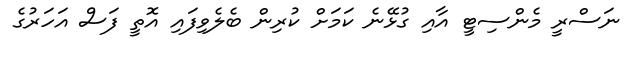
ނަސްރީ މެންސިޓީ އާއި ގުޅޭނެ ކަމަށް ކުރިން ބެލެވިފައި އޮތީ ފަސް އަހަރުގެ